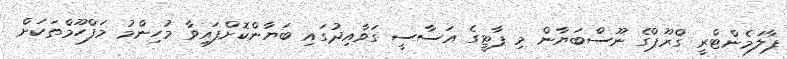
ޕާލަމެންޓްރީ ގްރޫޕްގެ ނޫސްބަޔާން މި ޕާޓީގެ އަސާސީ ގަވާއިދުގައި ބަޔާންކޮށްފައިވާ މުހިންމު މަފްހޫމްތަކަށް